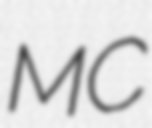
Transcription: MC